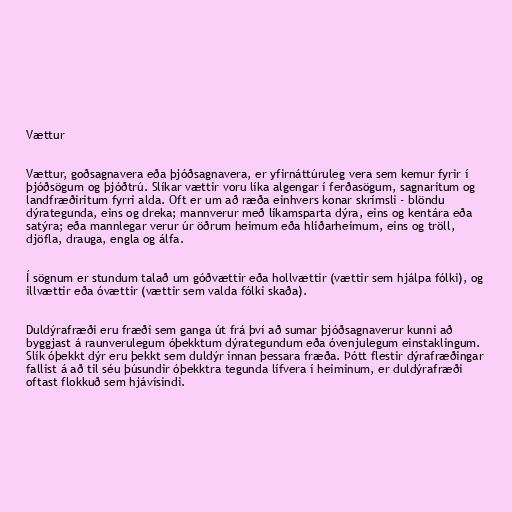
Vættur

Vættur, goðsagnavera eða þjóðsagnavera, er yfirnáttúruleg vera sem kemur fyrir í
þjóðsögum og þjóðtrú. Slíkar vættir voru líka algengar í ferðasögum, sagnaritum og
landfræðiritum fyrri alda. Oft er um að ræða einhvers konar skrímsli - blöndu
dýrategunda, eins og dreka; mannverur með líkamsparta dýra, eins og kentára eða
satýra; eða mannlegar verur úr öðrum heimum eða hliðarheimum, eins og tröll,
djöfla, drauga, engla og álfa.

Í sögnum er stundum talað um góðvættir eða hollvættir (vættir sem hjálpa fólki), og
illvættir eða óvættir (vættir sem valda fólki skaða).

Duldýrafræði eru fræði sem ganga út frá því að sumar þjóðsagnaverur kunni að
byggjast á raunverulegum óþekktum dýrategundum eða óvenjulegum einstaklingum.
Slík óþekkt dýr eru þekkt sem duldýr innan þessara fræða. Þótt flestir dýrafræðingar
fallist á að til séu þúsundir óþekktra tegunda lífvera í heiminum, er duldýrafræði
oftast flokkuð sem hjávísindi.